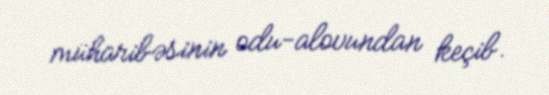
müharibəsinin odu-alovundan keçib.